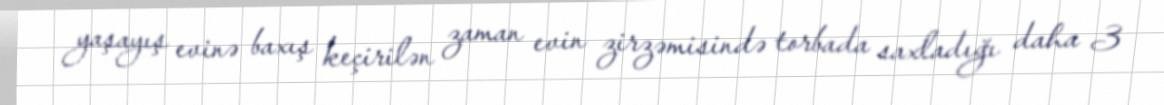
yaşayış evinə baxış keçirilən zaman evin zirzəmisində torbada saxladığı daha 3